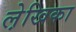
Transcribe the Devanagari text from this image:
ले़खिका